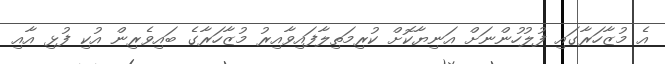
އެ މުޒާހަރާގައި ފުލުހުންނަށް އަނިޔާކޮށް ކުރިމަތިލާފައިވާއިރު މުޒާހަރާގެ ބައިވެރިން އުކި ފުޅި އާއި